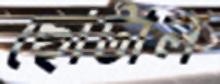
ছোটাল